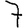
Digit: 7